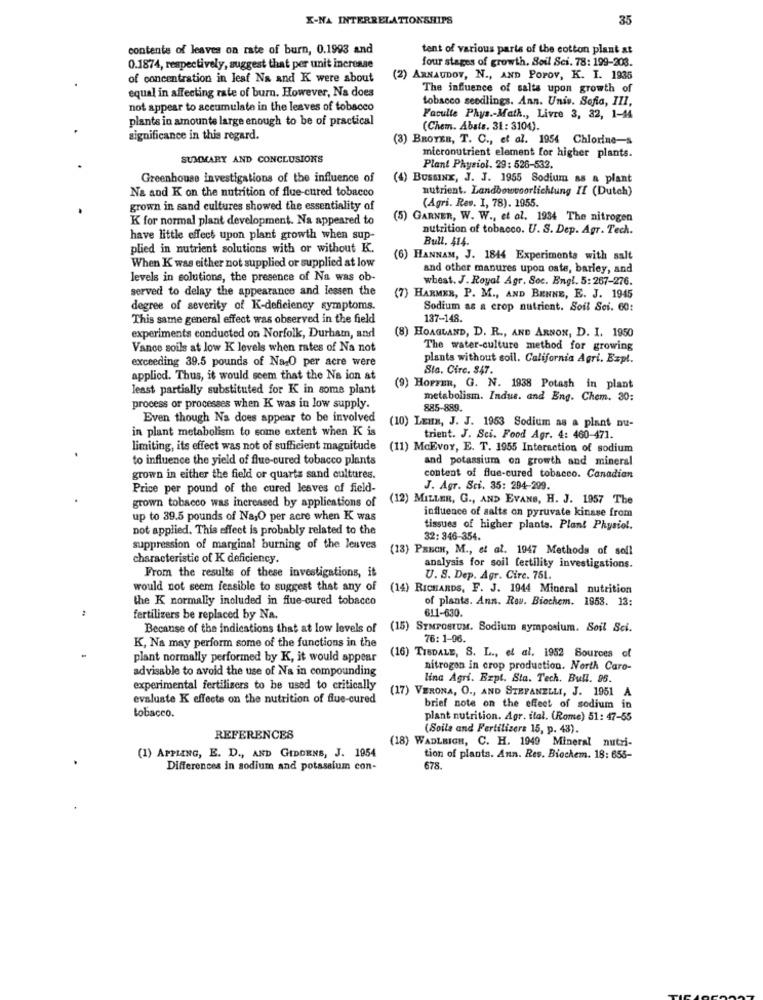
X-NA INTERRELATIONSHIPS
35
contents of leaves on rate of burn, 0.1993 and
tent of various parts of the cotton plant at
four stages of growth, Soil Sci. 78: 199-203.
0.1874, respectively, suggest that per unit increase
of concentration in lest Na and K were about
(2) ARNAUDOY, N ., AND POPOV, K. I. 1935
equal in affecting rate of burn. However, Na does
The influence of salts upon growth of
tobacco seedlings. Ann. Unis. Sofia, III,
not appear to accumulate in the leaves of tobacco
plants in amounte large enough to be of practical
Faculte Phys .- Math ., Livre 3, 32, 1-44
(Chem. Abats. 31: 3104).
significance in this regard.
(3) BROTER, T. C ., et al. 1954 Chlorine-s
SUMMARY AND CONCLUSIONS
micronutrient element for higher plants.
Plant Physiol. 29: 526-532.
Greenhouse investigations of the influence of
(4) BussINK, J. J. 1955 Sodium as a plant
Na and K on the nutrition of flue-cured tobacco
nutrient. Landbowvoorlichtung If (Dutch)
grown in sand cultures showed the essentiality of
(Agri. Res. I, 78). 1955.
K for normal plant development. Na appeared to
(5) GARNER, W. W ., et al. 1934 The nitrogen
nutrition of tobacco. U. S. Dep. Agr. Tech.
have little effect upon plant growth when sup-
Bull. 414.
plied in nutrient solutions with or without K.
When K was either not supplied or supplied at low
(6) HANNAM, J. 1844 Experiments with salt
and other manures upon oste, barley, and
levels in solutions, the presence of Na was ob-
wheat. J. Royal Agr. Soc. Engl. 5:267-276.
served to delay the appearance and lessen the
(7) HARMER, P. M ., AND BENNE, E. J. 1945
degree of severity of K-deficiency symptoms.
Sodium as a crop nutrient. Soil Sei. 60:
This same general effect was observed in the field
137-148.
(8) HOAGLAND, D. R ., AND ARNON, D. I. 1950
experiments conducted on Norfolk, Durham, and
Vance soils at low K levels when rates of Na not
The water-culture method for growing
exceeding 39.5 pounds of Na-O per acre were
plants without coil. California Agri. Espl.
Sta. Circ. 847.
applied. Thus, it would seem that the Na ion at
least partially substituted for K in some plant
(9) HOPFER, G. N. 1938 Potash in plant
metabolism. Indue. and Eng. Chem. 30:
process or processes when K was in low supply.
885-889.
Even though Na does appear to be involved
in plant metabolism to some extent when K is
(10) LEHR, J. J. 1953 Sodium as a plant nu-
trient. J. Sci. Food Agr. 4: 460-471.
limiting, its effect was not of sufficient magnitude
(11) McEvoY, E. T. 1955 Interaction of sodium
to influence the yield of flue-cured tobacco plants
and potassium on growth and mineral
grown in either the field or quarts sand cultures.
content of flue-cured tobacco. Canadian
Price per pound of the cured leaves of field-
J. Agr. Sci. 35: 294-209.
grown tobacco was increased by applications of
(12) MILLER, G ., AND EVANS, H. J. 1957 The
influence of salts on pyruvate kinase from
up to 39.5 pounds of NajO per acre when K was
not applied. This effect is probably related to the
tissues of higher plants. Plant Physiol.
32: 346-354.
suppression of marginal burning of the leaves
(13) PEECH, M ., et al. 1947 Methods of soil
characteristic of K deficiency.
From the results of these investigations, it
analysis for soil fertility investigations.
U. S. Dep. Agr. Circ. 751.
would not seem feasible to suggest that any of
(14) RICHARDS, F. J. 1944 Mineral nutrition
the K normally included in flue-cured tobacco
of plants. Ann. Row. Biochem. 1953. 13:
fertilizers be replaced by Na.
611-630.
Because of the indications that at low levels of (15) STMPostUM. Sodium symposium. Soil Sci.
76:1-96.
K, Na may perform some of the functions in the
plant normally performed by K, it would appear
(16) TISDALE, S. L ., el al. 1952 Sources of
advisable to avoid the use of Na in compounding
nitrogen in crop production. North Caro-
lina Agri. Ezpt. Sta. Tech. Bull. 96.
experimental fertilizers to be used to critically
(17) VERONA, O ., AND STEFANELLI, J. 1951
evaluate K effects on the nutrition of flue-cured
tobacco.
brief note on the effect of sodium i
plant nutrition. Agr. ital. (Rome) 51: 47-55
(Soils and Fertilizers 15, p. 43).
REFERENCES
(18) WADLEIGH, C. H. 1949 Mineral nutri-
(1) APPLANG, E. D ., AND GIDDENS, J. 1954
tion of plants. Ann. Res. Biochem. 18: 658-
Differences in sodium and potassium con-
678.